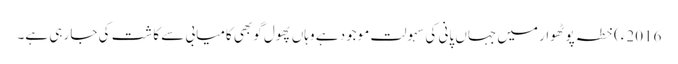
2016ء)خطہ پوٹھوار میں جہاں پانی کی سہولت موجود ہے وہاں پھول گوبھی کامیابی سے کاشت کی جا رہی ہے۔